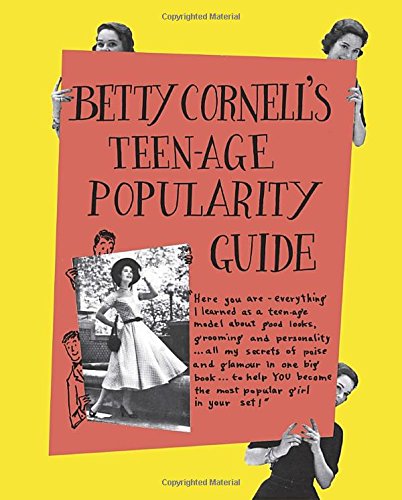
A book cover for Betty CornellEEs Teen-Age Popularity Guide; Betty Cornell; Teen & Young Adult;